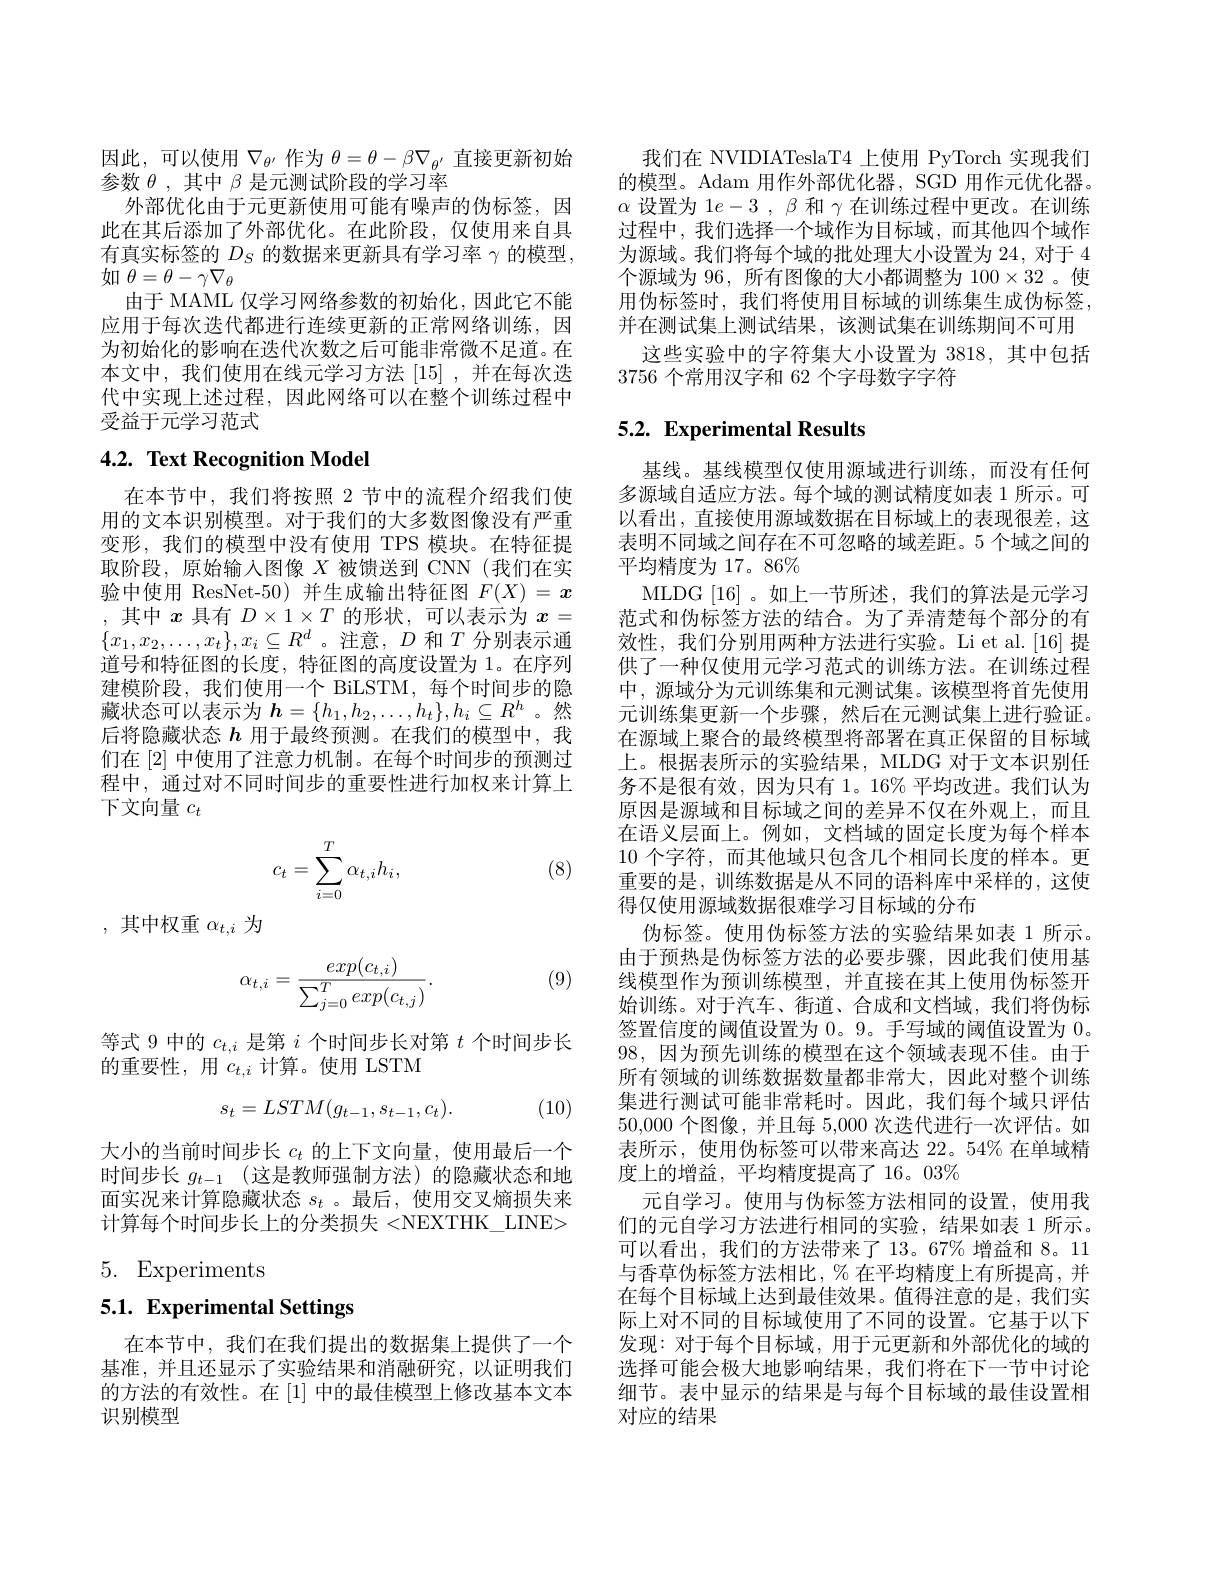
因此，可以使用$\nabla_{\theta^{\prime}}$作为$\theta=\theta-\beta\nabla_{\theta^{\prime}}$直接更新初始
参数$\theta$,其中$\beta$是元测试阶段的学习率
外部优化由于元更新使用可能有噪声的伪标签，因此在其后添加了外部优化。在此阶段，仅使用来自具有真实标签的$D_S$的数据来更新具有学习率$\gamma$的模型， 如$\theta=\theta-\gamma\nabla_\theta$
由于 MAML 仅学习网络参数的初始化，因此它不能应用于每次迭代都进行连续更新的正常网络训练，因为初始化的影响在迭代次数之后可能非常微不足道。在本文中，我们使用在线元学习方法[15],并在每次迭代中实现上述过程，因此网络可以在整个训练过程中受益于元学习范式

# 4.2. Text Recognition Model

在本节中，我们将按照 2 节中的流程介绍我们使用的文本识别模型。对于我们的大多数图像没有严重变形，我们的模型中没有使用 TPS 模块。在特征提取阶段，原始输入图像$X$被馈送到 CNN(我们在实验中使用 ResNet-50)并生成输出特征图$F(X)=x$ ,其中$x$具有$D\times1\times T$的形状，可以表示为$x=$ $\{x_1,x_2,\ldots,x_t\},x_i\subseteq R^d$ 。注意，$D$和$T$分别表示通道号和特征图的长度，特征图的高度设置为 1。在序列建模阶段，我们使用一个 BiLSTM,每个时间步的隐藏状态可以表示为$\boldsymbol{h}=\{h_1,h_2,\ldots,h_t\},h_i\subseteq R^h$。然后将隐藏状态$h$用于最终预测。在我们的模型中，我们在[2]中使用了注意力机制。在每个时间步的预测过程中，通过对不同时间步的重要性进行加权来计算上下文向量$c_t$
$$c_t=\sum_{i=0}^T\alpha_{t,i}h_i,$$
(8)

,其中权重$\alpha_t,i$为

(9)
$$\alpha_{t,i}=\frac{exp(c_{t,i})}{\sum_{j=0}^{T}exp(c_{t,j})}.$$
等式 9 中的$c_{t,i}$是第$i$个时间步长对第$t$个时间步长
的重要性，用$c_t,i$计算。使用 LSTM
$$s_{t}=LSTM(g_{t-1},s_{t-1},c_{t}).$$
(10)

大小的当前时间步长$c_t$的上下文向量，使用最后一个时间步长 $g_t- 1$ (这是教师强制方法)的隐藏状态和地面实况来计算隐藏状态$s_t$ 。最后，使用交叉熵损失来计算每个时间步长上的分类损失 <NEXTHK\_LINE>

5. Experiments

# 5.1. Experimental Settings

在本节中，我们在我们提出的数据集上提供了一个基准，并且还显示了实验结果和消融研究，以证明我们的方法的有效性。在[1]中的最佳模型上修改基本文本识别模型

我们在 NVIDIATeslaT4 上使用 PyTorch 实现我们的模型。Adam 用作外部优化器，SGD 用作元优化器。$\alpha$设置为 1$e-3,\beta$和$\gamma$在训练过程中更改。在训练过程中，我们选择一个域作为目标域，而其他四个域作为源域。我们将每个域的批处理大小设置为 24, 对于 4个源域为 96, 所有图像的大小都调整为 100×32 。使用伪标签时，我们将使用目标域的训练集生成伪标签， 并在测试集上测试结果，该测试集在训练期间不可用
这些实验中的字符集大小设置为 3818,其中包括
3756个常用汉字和 62 个字母数字字符

## 5.2. Experimental Results

基线。基线模型仅使用源域进行训练，而没有任何多源域自适应方法。每个域的测试精度如表 1 所示。可以看出，直接使用源域数据在目标域上的表现很差，这表明不同域之间存在不可忽略的域差距。5 个域之间的平均精度为 17。86%
MLDG [16]。如上一节所述，我们的算法是元学习范式和伪标签方法的结合。为了弄清楚每个部分的有效性，我们分别用两种方法进行实验。Li et al.[16] 提供了一种仅使用元学习范式的训练方法。在训练过程中，源域分为元训练集和元测试集。该模型将首先使用元训练集更新一个步骤，然后在元测试集上进行验证。在源域上聚合的最终模型将部署在真正保留的目标域上。根据表所示的实验结果，MLDG 对于文本识别任务不是很有效，因为只有 1。16%平均改进。我们认为原因是源域和目标域之间的差异不仅在外观上，而且在语义层面上。例如，文档域的固定长度为每个样本10个字符，而其他域只包含几个相同长度的样本。更重要的是，训练数据是从不同的语料库中采样的，这使得仅使用源域数据很难学习目标域的分布
伪标签。使用伪标签方法的实验结果如表 1 所示。由于预热是伪标签方法的必要步骤，因此我们使用基线模型作为预训练模型，并直接在其上使用伪标签开始训练。对于汽车、街道、合成和文档域，我们将伪标签置信度的阈值设置为 0。9。手写域的阈值设置为0。98,因为预先训练的模型在这个领域表现不佳。由于所有领域的训练数据数量都非常大，因此对整个训练集进行测试可能非常耗时。因此，我们每个域只评估50,000个图像，并且每 5,000 次迭代进行一次评估。如表所示，使用伪标签可以带来高达 22。54% 在单域精度上的增益，平均精度提高了16。03%
元自学习。使用与伪标签方法相同的设置，使用我们的元自学习方法进行相同的实验，结果如表 1 所示。可以看出，我们的方法带来了 13。67% 增益和 8。11与香草伪标签方法相比，% 在平均精度上有所提高，并在每个目标域上达到最佳效果。值得注意的是，我们实际上对不同的目标域使用了不同的设置。它基于以下发现：对于每个目标域，用于元更新和外部优化的域的选择可能会极大地影响结果，我们将在下一节中讨论细节。表中显示的结果是与每个目标域的最佳设置相对应的结果